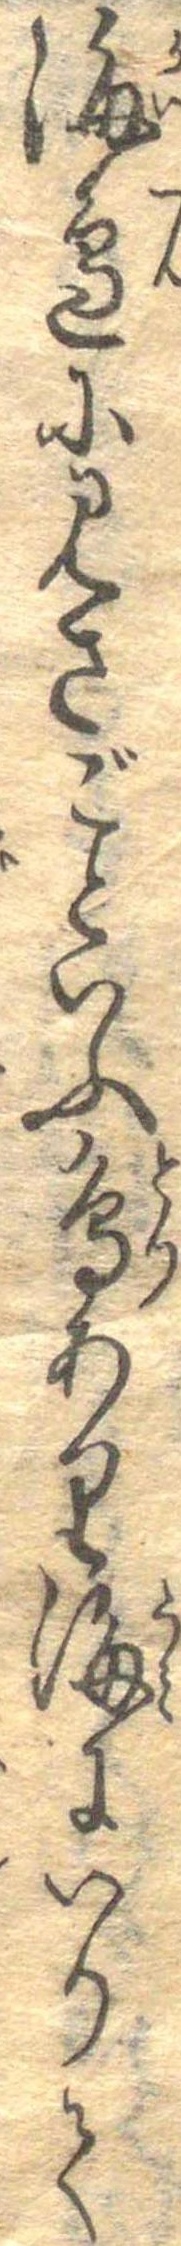
海辺にみさごといふ鳥あり海にいりて